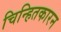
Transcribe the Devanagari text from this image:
चिन्हितकारन